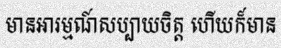
មានអារម្មណ៍សប្បាយចិត្ត ហើយក៏មាន